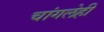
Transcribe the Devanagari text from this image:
चांगलेही